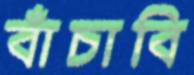
বাঁচাবি